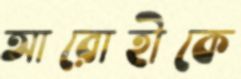
আরোহীকে